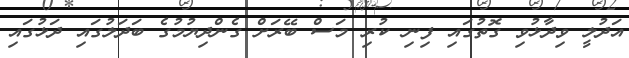
އަދުލީ ވިދާޅުވި ގޮތުގައި ފިިނި ކުރި މަސް ބޭރަށް ގެންދިޔުމުގެ ބަދަލުގައި ދަޅުގައި